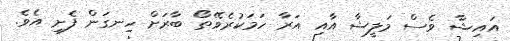
އައިޝާ ވެސް މަލީޝާ އާއި އަރާ ހަމަކުރެވޭތޯ ބާރަށް ހިނގަން ފެށި އެވެ.